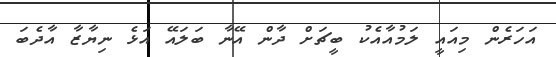
އަހަރެން މިއައީ ލަމުއާއެކު ބީޗަށް ދާން އޭނާ ބަލައޭ އަޅެ ނިޔާޒާ އާދެބަ